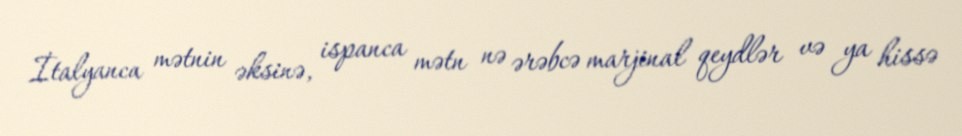
İtalyanca mətnin əksinə, ispanca mətn nə ərəbcə marjinal qeydlər və ya hissə